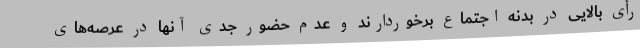
رأی بالایی در بدنه اجتماع برخوردارند و عدم حضور جدی آنها در عرصه‌های